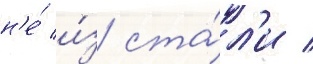
н'е́ и́з ста́л'и /